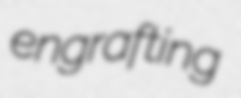
engrafting